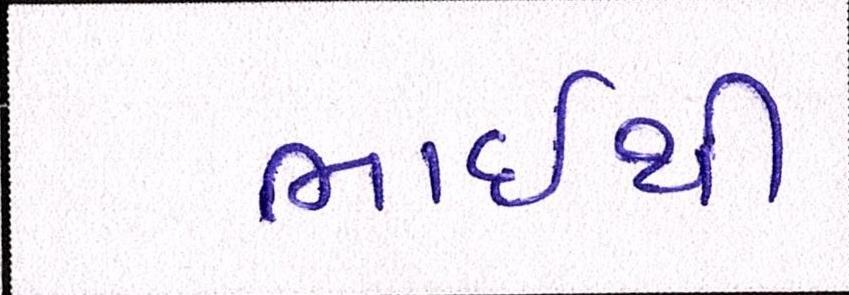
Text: ભાઇથી